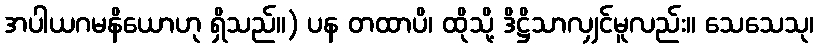
အပါယဂမနိယောဟု ရှိသည်။) ပန တထာပိ၊ ထိုသို့ ဒိဋ္ဌိသာလျှင်မူလည်း။ သေသေသု၊